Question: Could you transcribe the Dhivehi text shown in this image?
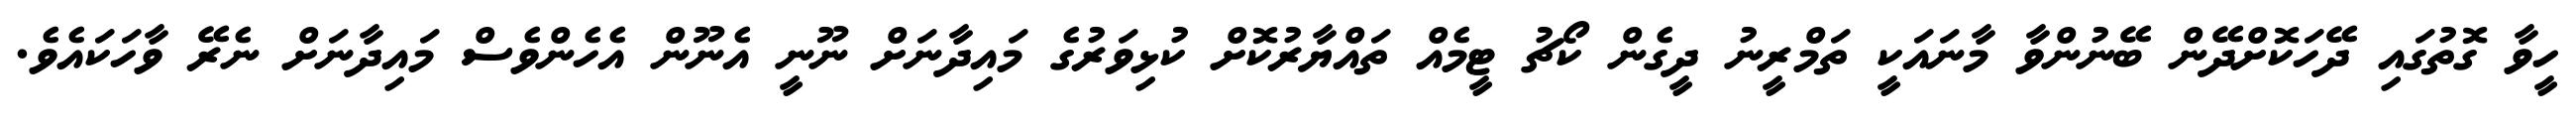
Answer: ހީވާ ގޮތުގައި ދޭހަކޮށްދޭން ބޭނުންވާ މާނައަކީ ތަމްރީނު ދީގެން ކޯޗު ޓީމެއް ތައްޔާރުކޮށް ކުޅިވަރުގެ މައިދާނަށް ނޫނީ އެނޫން އެހެންވެސް މައިދާނަށް ނެރޭ ވާހަކައެވެ.